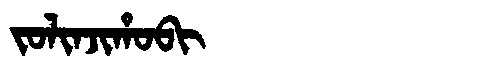
Manchu: ᠵᠣᠯᡳᠨᠵᡳᡥᠣᠪᡳ
Romanization: JOLINJIHOBI